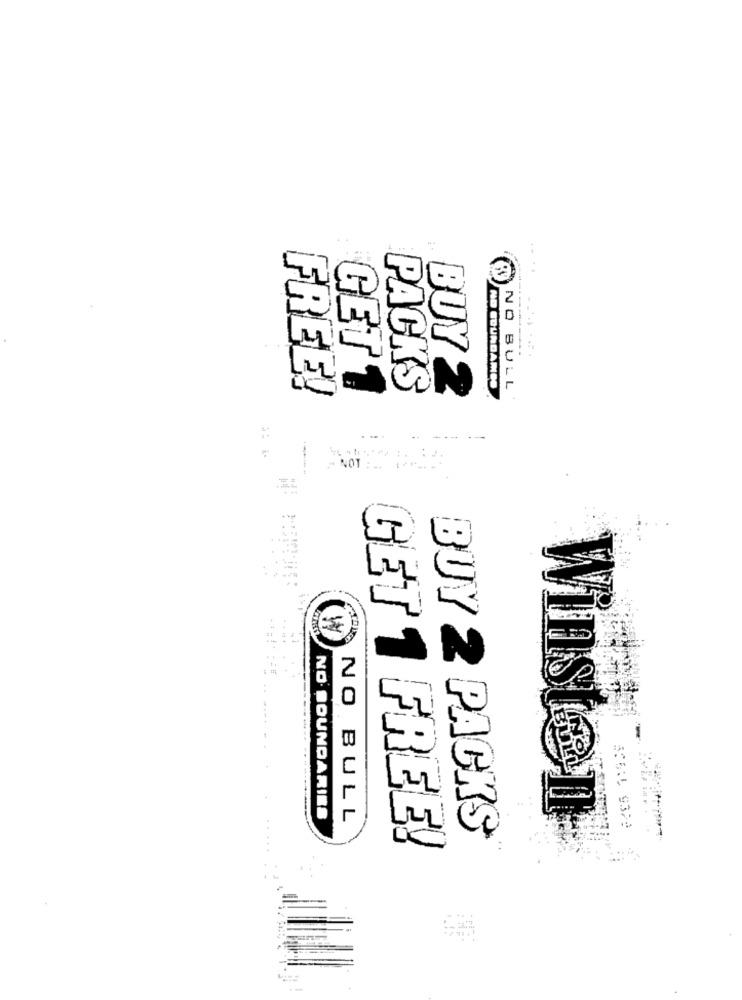
-... ...
FREE!
GET 1
PACKS
NO BULL
BUY 2
NO SOUNDANDO
...
-- ---
--
- NOT : .. ..... ..
NO BOUNDARIES
NO BULL
Winsten
556:5 9379
GET 1 FREE!
BUY 2 PACKS